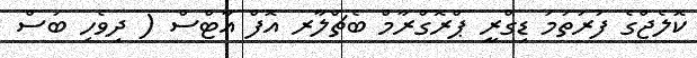
ކޮލެޖްގެ ފުރަތަމަ ޑިގްރީ ޕްރޮގްރާމް ބެޗްލާރ އޮފް އާޓްސް ( ދިވެހި ބަސް